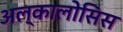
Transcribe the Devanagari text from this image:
अल्कालोसिस